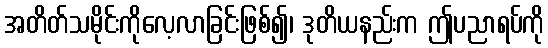
အတိတ်သမိုင်းကိုလေ့လာခြင်းဖြစ်၍၊ ဒုတိယနည်းက ဤပညာရပ်ကို